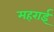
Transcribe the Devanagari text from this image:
महराई